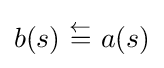
b(s)~{\overset {\leftarrow }{=}}~a(s)